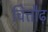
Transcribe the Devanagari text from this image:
चित्तौढ़